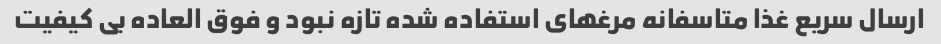
ارسال سریع غذا متاسفانه مرغهای استفاده شده تازه نبود و فوق العاده بی کیفیت